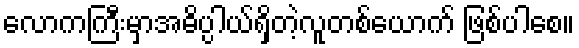
လောကကြီးမှာအဓိပ္ပါယ်ရှိတဲ့လူတစ်ယောက် ဖြစ်ပါစေ။